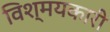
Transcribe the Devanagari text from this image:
विश्मयकारी